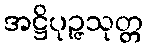
အဋ္ဌိပုဉ္ဇသုတ္တ